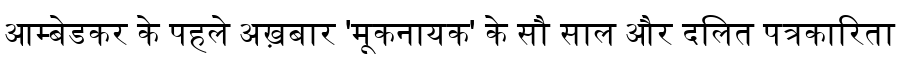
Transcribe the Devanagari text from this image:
आम्बेडकर के पहले अख़बार 'मूकनायक' के सौ साल और दलित पत्रकारिता